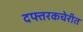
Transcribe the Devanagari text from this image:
दफ्तरकचेरीत